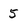
Character: 5